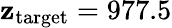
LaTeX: \mathbf{z}_{\mathrm{{target}}}=977.5